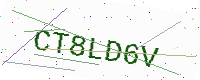
Text: CT8LD6V